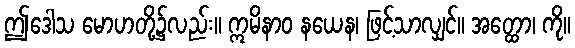
ဤဒေါသ မောဟတို့၌လည်း။ ဣမိနာဝ နယေန၊ ဖြင့်သာလျှင်။ အတ္ထော၊ ကို။